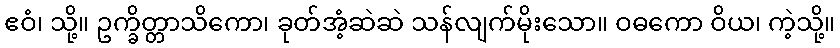
ဧဝံ၊ သို့။ ဥက္ခိတ္တာသိကော၊ ခုတ်အံ့ဆဲဆဲ သန်လျက်မိုးသော။ ဝဓကော ဝိယ၊ ကဲ့သို့။